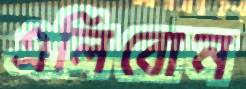
এলিবোন